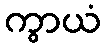
ကွာယံ